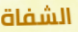
الشفاة